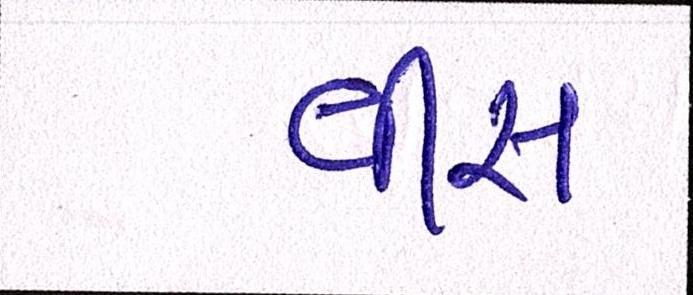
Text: વીસ